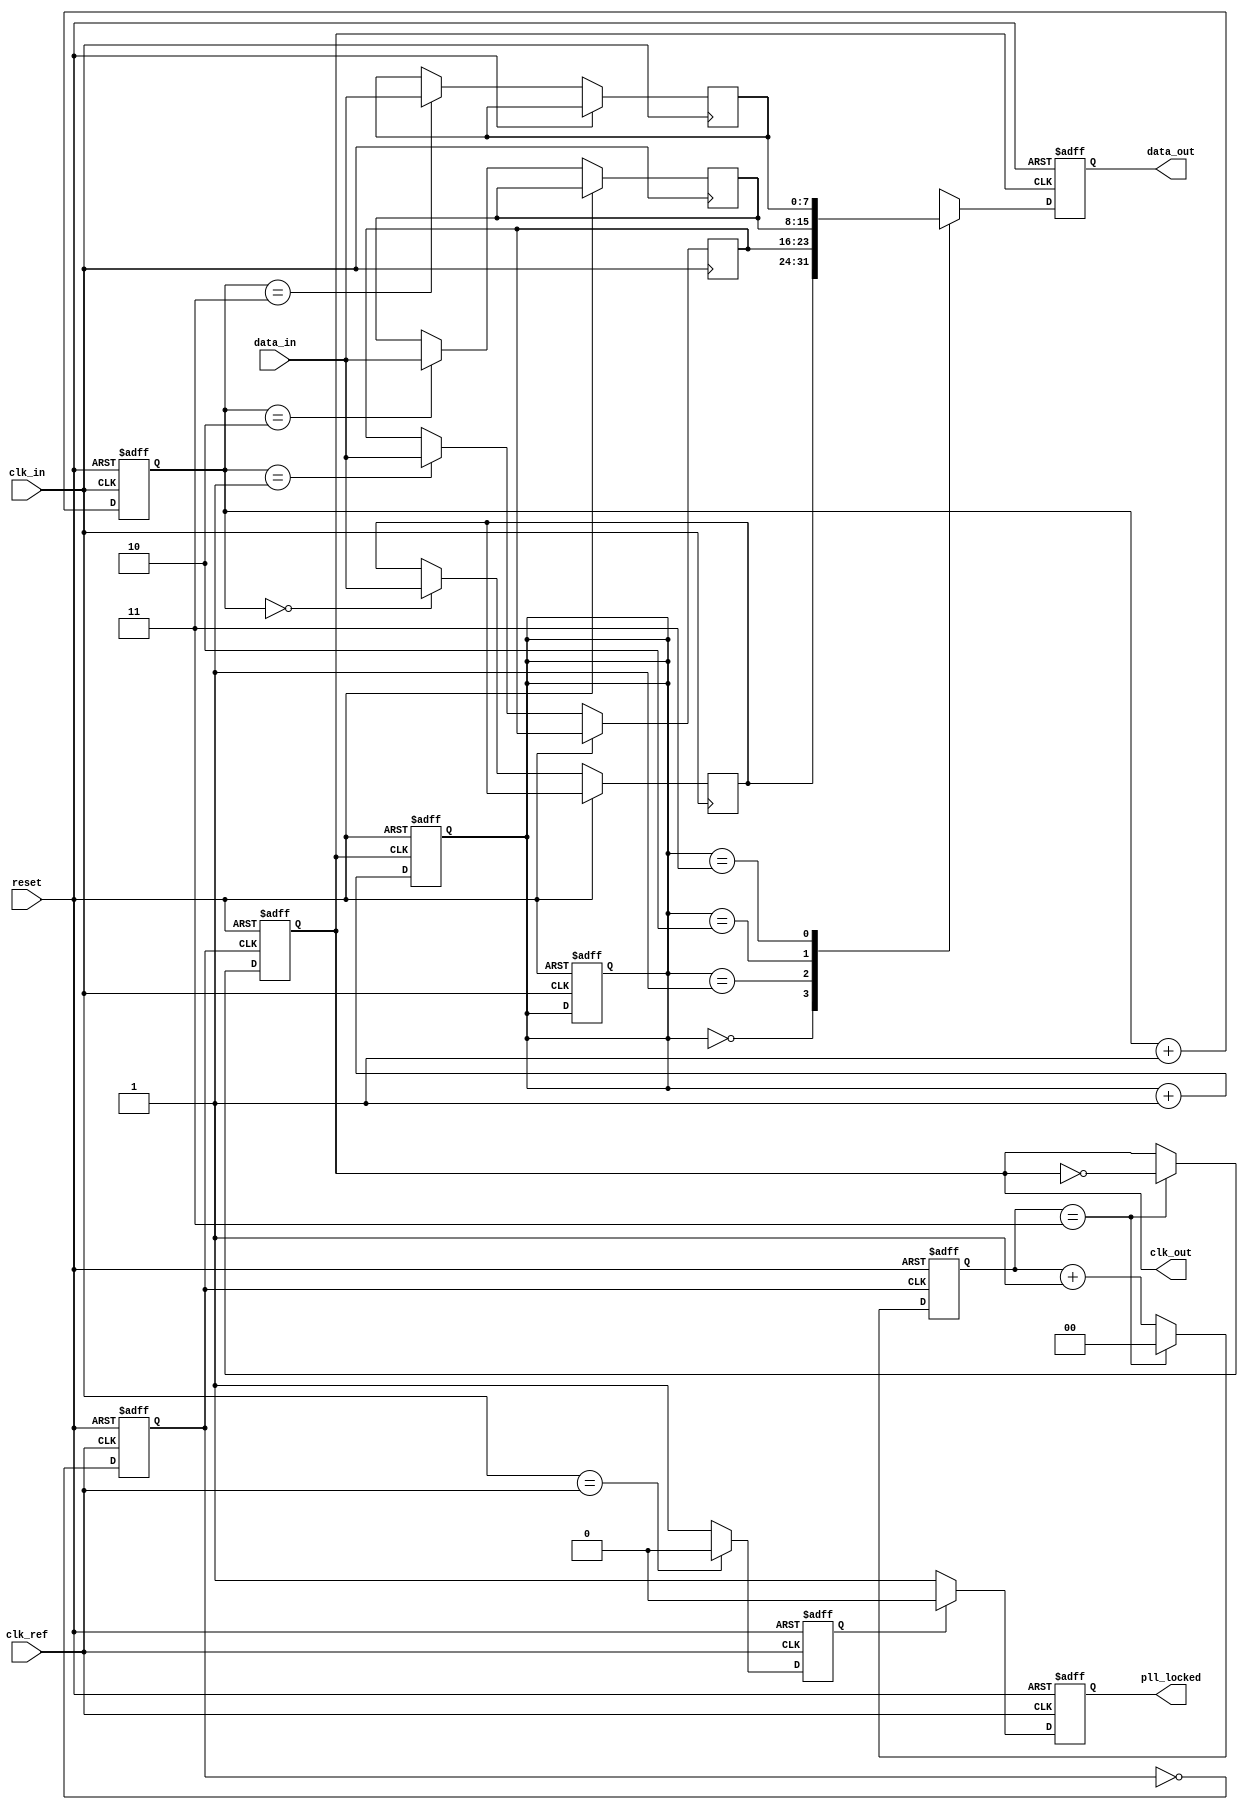
module pll_synchronizer (
    input wire clk_ref,         // Reference clock
    input wire clk_in,          // Input clock
    input wire reset,           // Reset signal
    input wire [7:0] data_in,   // Data input
    output wire clk_out,        // Synchronized output clock
    output wire [7:0] data_out, // Synchronized data output
    output wire pll_locked       // PLL lock status
);

    // Phase Detector
    reg phase_error;
    always @(posedge clk_ref or posedge reset) begin
        if (reset) begin
            phase_error <= 0;
        end else begin
            // Simple phase error detection logic (placeholder)
            phase_error <= (clk_in == clk_ref) ? 0 : (clk_in > clk_ref) ? 1 : -1;
        end
    end

    // Low-Pass Filter
    reg [7:0] control_voltage;
    always @(posedge clk_ref or posedge reset) begin
        if (reset) begin
            control_voltage <= 8'b0;
        end else begin
            // Simple low-pass filter (placeholder)
            control_voltage <= (control_voltage + phase_error) >> 1; // Averaging
        end
    end

    // Voltage-Controlled Oscillator (VCO)
    reg clk_vco;
    always @(posedge clk_ref or posedge reset) begin
        if (reset) begin
            clk_vco <= 0;
        end else begin
            // Adjust frequency based on control voltage (placeholder)
            clk_vco <= ~clk_vco; // Toggle clock for simplicity
        end
    end

    // Clock Divider
    reg clk_div;
    reg [1:0] clk_div_counter;
    always @(posedge clk_vco or posedge reset) begin
        if (reset) begin
            clk_div <= 0;
            clk_div_counter <= 0;
        end else begin
            clk_div_counter <= clk_div_counter + 1;
            if (clk_div_counter == 2'b11) begin // Divide by 4
                clk_div <= ~clk_div;
                clk_div_counter <= 0;
            end
        end
    end

    // Data Synchronizer (FIFO)
    reg [7:0] fifo [0:3]; // Simple FIFO with depth of 4
    reg [1:0] write_ptr, read_ptr;
    
    always @(posedge clk_in or posedge reset) begin
        if (reset) begin
            write_ptr <= 0;
            read_ptr <= 0;
        end else begin
            fifo[write_ptr] <= data_in;
            write_ptr <= write_ptr + 1;
        end
    end

    always @(posedge clk_div or posedge reset) begin
        if (reset) begin
            read_ptr <= 0;
            data_out <= 8'b0;
        end else begin
            data_out <= fifo[read_ptr];
            read_ptr <= read_ptr + 1;
        end
    end

    // Reset Logic
    // Already handled in other blocks

    // Lock Detection
    reg locked;
    always @(posedge clk_ref or posedge reset) begin
        if (reset) begin
            locked <= 0;
        end else begin
            // Simple lock detection logic (placeholder)
            locked <= (phase_error == 0) ? 1 : 0;
        end
    end

    assign clk_out = clk_div; // Output synchronized clock
    assign pll_locked = locked; // PLL lock status

endmodule